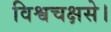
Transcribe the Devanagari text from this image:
विश्वचक्षसे।